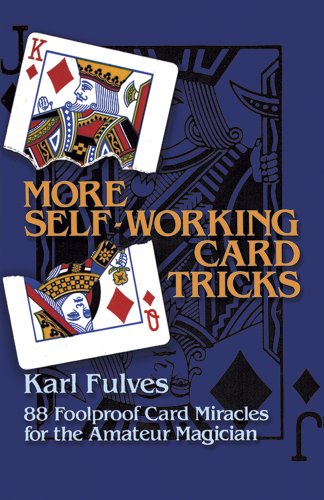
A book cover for More Self-Working Card Tricks: 88 Foolproof Card Miracles for the Amateur Magician (Dover Magic Books); Karl Fulves; Humor & Entertainment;